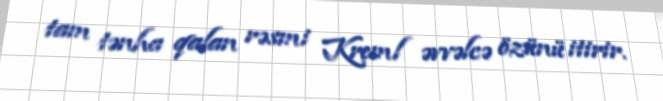
tam tənha qalan rəsmi Kreml əvvəlcə özünü itirir.